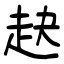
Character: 赽